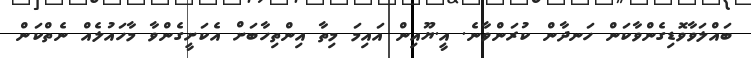
ބައްލަވާވޮޑިގެންވާކަން ހަނދާން ކުރަންވާނެ. އީ.ޔޫއިން އައިމަ މިތާ އިންތިހާބަށް އެކަށީގެންވާ މާހައުލެއް ނެތްކަން